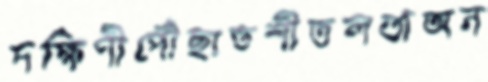
দক্ষিণীপৌঁছাতশীতলতাঅন